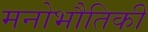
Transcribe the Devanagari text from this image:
मनोभौतिकी